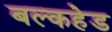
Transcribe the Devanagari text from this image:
बल्‍कहेड